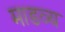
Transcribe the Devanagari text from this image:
माडव्य